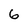
Character: 6